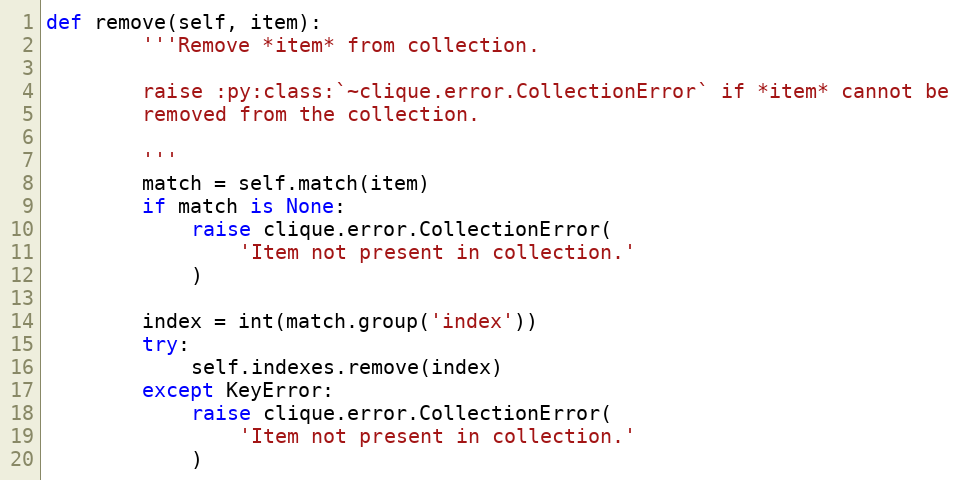
Language: Python
def remove(self, item):
        '''Remove *item* from collection.

        raise :py:class:`~clique.error.CollectionError` if *item* cannot be
        removed from the collection.

        '''
        match = self.match(item)
        if match is None:
            raise clique.error.CollectionError(
                'Item not present in collection.'
            )

        index = int(match.group('index'))
        try:
            self.indexes.remove(index)
        except KeyError:
            raise clique.error.CollectionError(
                'Item not present in collection.'
            )